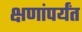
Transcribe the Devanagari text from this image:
क्षणांपर्यंत